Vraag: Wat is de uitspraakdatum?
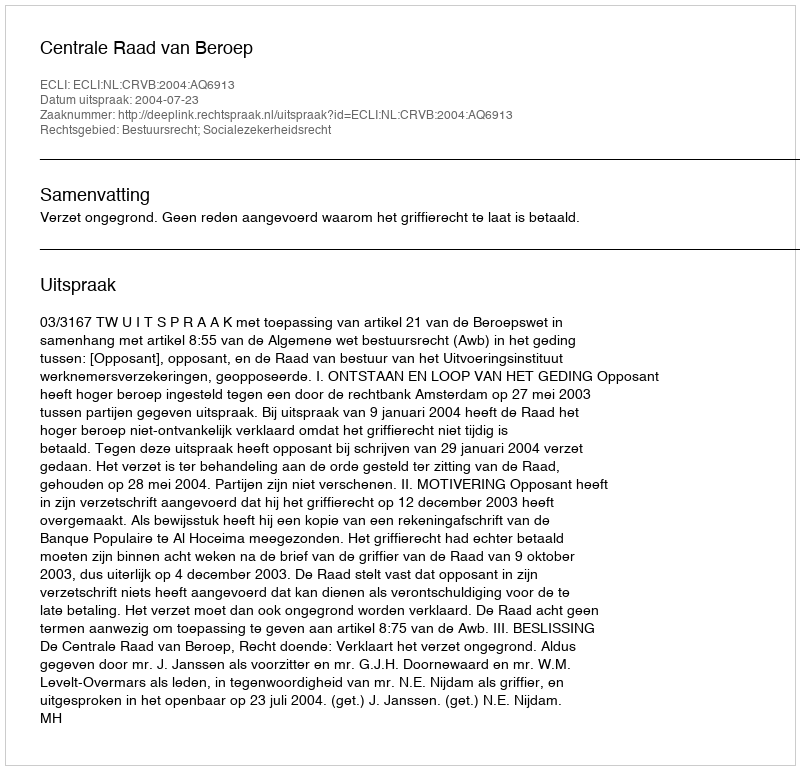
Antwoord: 2004-07-23